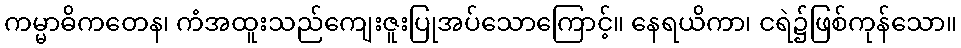
ကမ္မာဓိကတေန၊ ကံအထူးသည်ကျေးဇူးပြုအပ်သောကြောင့်။ နေရယိကာ၊ ငရဲ၌ဖြစ်ကုန်သော။